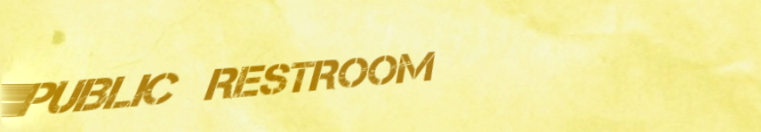
PUBLIC RESTROOM